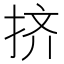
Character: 挤